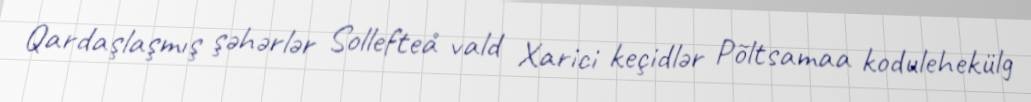
Qardaşlaşmış şəhərlər Sollefteå vald Xarici keçidlər Põltsamaa kodulehekülg